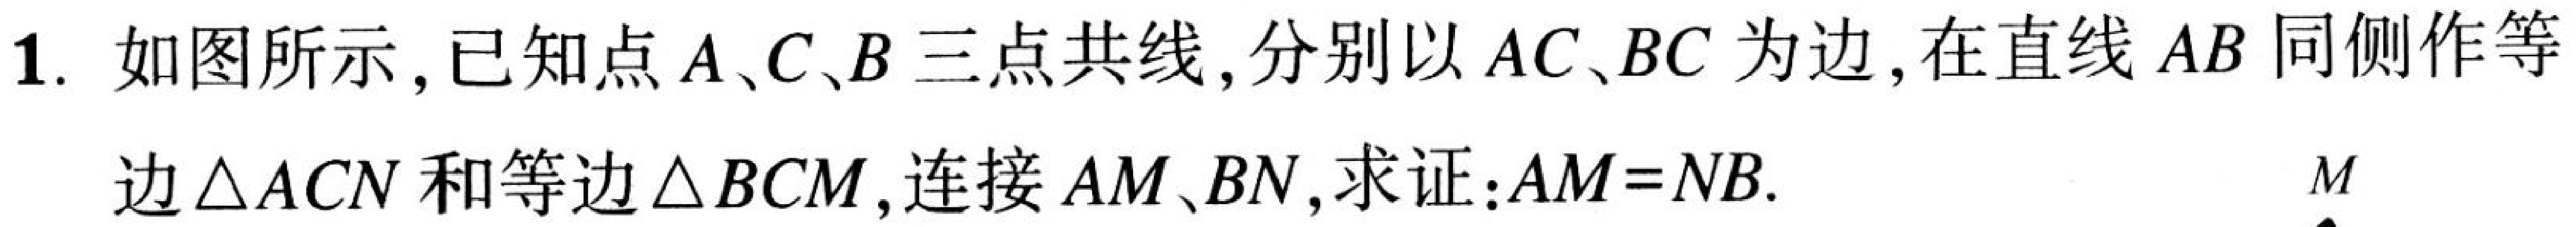
1. 如图所示,已知点\(A、C、B\)三点共线,分别以\(AC、BC\)为边,在直线\(AB\)同侧作等
边\(\triangle ACN\)和等边\(\triangle BCM\),连接\(AM、BN\),求证:\(AM = NB\).